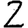
Digit: 2